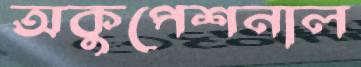
অকুপেশনাল